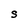
Character: S